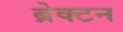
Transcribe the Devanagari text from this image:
ब्रेक्टन